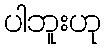
ပါဘူးဟု